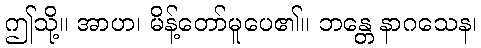
ဤသို့။ အာဟ၊ မိန့်တော်မူပေ၏။ ဘန္တေ နာဂသေန၊